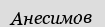
Анесимов